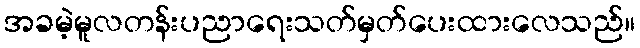
အခမဲ့မူလတန်းပညာရေးသတ်မှတ်ပေးထားလေသည်။